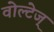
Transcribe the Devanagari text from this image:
वोल्टेज्